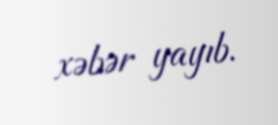
xəbər yayıb.